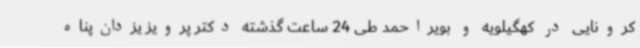
کرونایی در کهگیلویه و بویراحمد طی 24 ساعت گذشته دکتر پرویز یزدان‌پناه